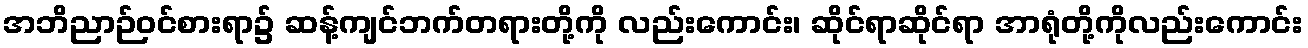
အဘိညာဉ်ဝင်စားရာ၌ ဆန့်ကျင်ဘက်တရားတို့ကို လည်းကောင်း၊ ဆိုင်ရာဆိုင်ရာ အာရုံတို့ကိုလည်းကောင်း